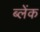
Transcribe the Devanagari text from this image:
ब्लेंक